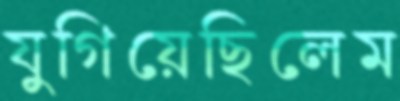
যুগিয়েছিলেম